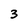
Character: 3